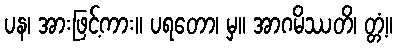
ပန၊ အားဖြင့်ကား။ ပရတော၊ မှ။ အာဂမိဿတိ၊ တ္တံ့။